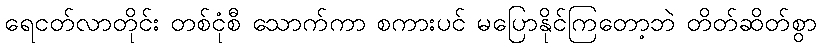
ရေငတ်လာတိုင်း တစ်ငုံစီ သောက်ကာ စကားပင် မပြောနိုင်ကြတော့ဘဲ တိတ်ဆိတ်စွာ